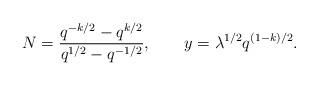
LaTeX: \begin{align*}N = {q^{-k/2} - q^{k/2}\over q^{1/2} - q^{-1/2}} , \qquad y = \lambda^{1/2} q^{(1-k)/2} .\end{align*}